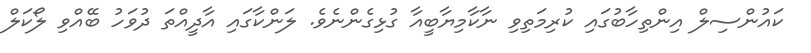
ކައުންސިލް އިންތިހާބުގައި ކުރިމަތިވި ނާކާމިޔާބީއާ ގުޅިގެންނެވެ. ލަންކާގައި އާދީއްތަ ދުވަހު ބޭއްވި ލޯކަލް